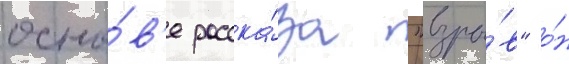
осно́в'е расска́за "взры́в" о́н